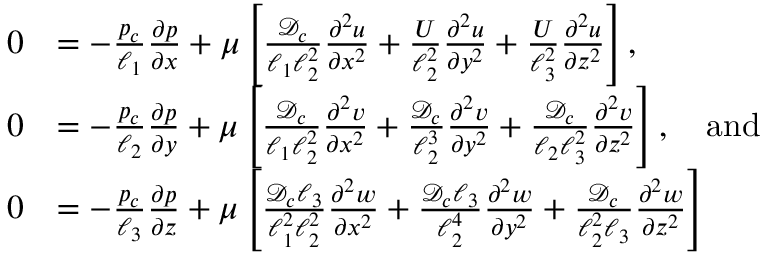
\begin{array} { r l } { 0 } & { = - \frac { p _ { c } } { \ell _ { 1 } } \frac { \partial p } { \partial x } + \mu \left[ \frac { { \mathcal { D } } _ { c } } { \ell _ { 1 } \ell _ { 2 } ^ { 2 } } \frac { \partial ^ { 2 } u } { \partial x ^ { 2 } } + \frac { U } { \ell _ { 2 } ^ { 2 } } \frac { \partial ^ { 2 } u } { \partial y ^ { 2 } } + \frac { U } { \ell _ { 3 } ^ { 2 } } \frac { \partial ^ { 2 } u } { \partial z ^ { 2 } } \right] , } \\ { 0 } & { = - \frac { p _ { c } } { \ell _ { 2 } } \frac { \partial p } { \partial y } + \mu \left[ \frac { { \mathcal { D } } _ { c } } { \ell _ { 1 } \ell _ { 2 } ^ { 2 } } \frac { \partial ^ { 2 } v } { \partial x ^ { 2 } } + \frac { { \mathcal { D } } _ { c } } { \ell _ { 2 } ^ { 3 } } \frac { \partial ^ { 2 } v } { \partial y ^ { 2 } } + \frac { { \mathcal { D } } _ { c } } { \ell _ { 2 } \ell _ { 3 } ^ { 2 } } \frac { \partial ^ { 2 } v } { \partial z ^ { 2 } } \right] , \quad \mathrm { a n d } } \\ { 0 } & { = - \frac { p _ { c } } { \ell _ { 3 } } \frac { \partial p } { \partial z } + \mu \left[ \frac { { \mathcal { D } } _ { c } \ell _ { 3 } } { \ell _ { 1 } ^ { 2 } \ell _ { 2 } ^ { 2 } } \frac { \partial ^ { 2 } w } { \partial x ^ { 2 } } + \frac { { \mathcal { D } } _ { c } \ell _ { 3 } } { \ell _ { 2 } ^ { 4 } } \frac { \partial ^ { 2 } w } { \partial y ^ { 2 } } + \frac { { \mathcal { D } } _ { c } } { \ell _ { 2 } ^ { 2 } \ell _ { 3 } } \frac { \partial ^ { 2 } w } { \partial z ^ { 2 } } \right] } \end{array}